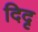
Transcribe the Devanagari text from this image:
दिदृ